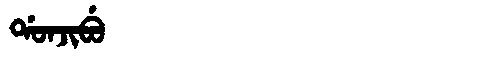
Manchu: ᡩᠣᠨᠵᡳᠪᡠ
Romanization: DONJIBU